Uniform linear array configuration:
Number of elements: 32
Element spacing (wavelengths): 1
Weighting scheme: binomial
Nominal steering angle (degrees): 0
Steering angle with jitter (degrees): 0.05912
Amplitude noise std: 0.05
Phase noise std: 0.05

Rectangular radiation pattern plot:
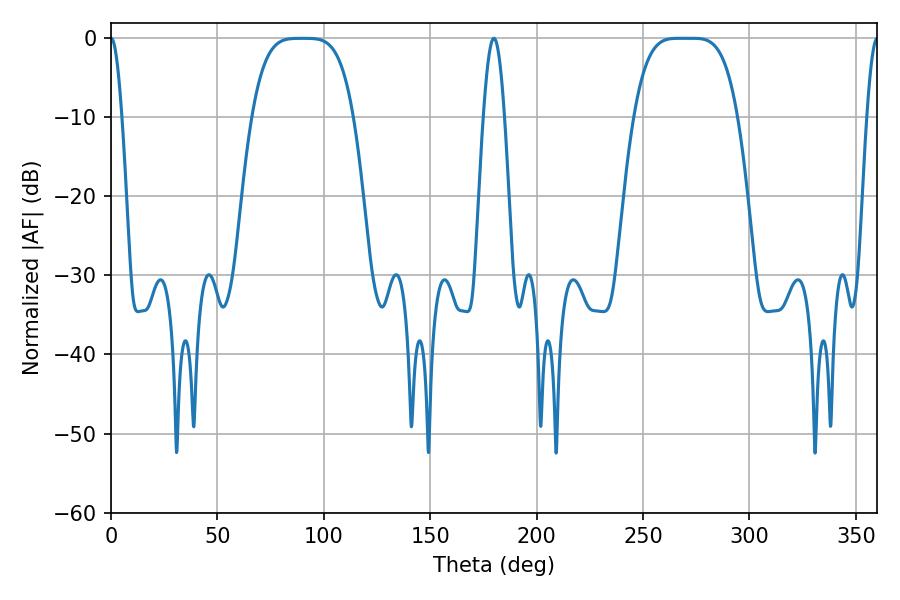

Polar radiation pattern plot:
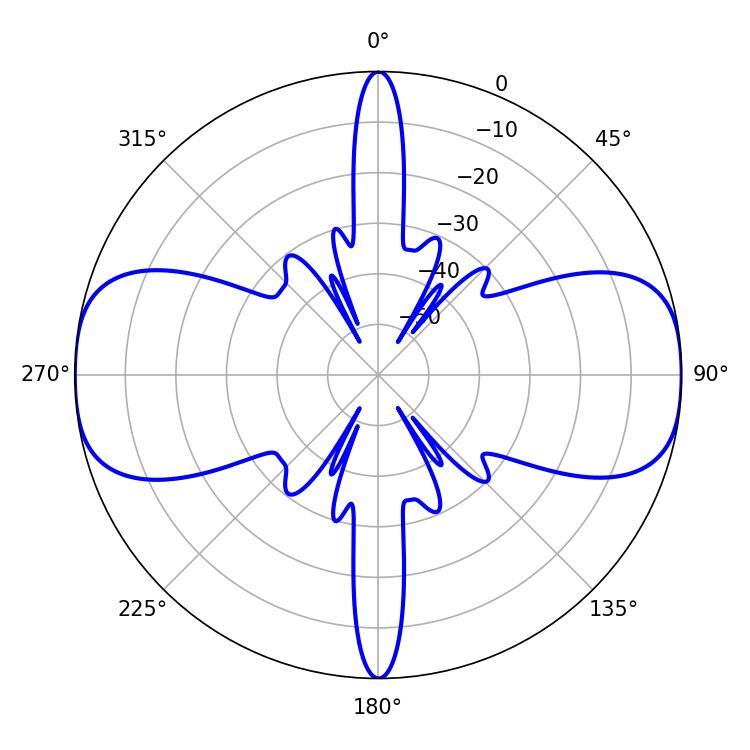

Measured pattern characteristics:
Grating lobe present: TRUE
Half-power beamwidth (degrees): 36
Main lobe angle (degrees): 266.94